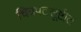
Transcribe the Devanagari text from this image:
चित्रपटसूष्टीत